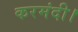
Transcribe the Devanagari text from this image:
करमंदी।